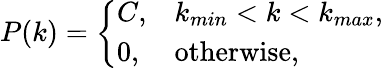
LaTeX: P(k)=\left\{ \begin{array}{ll}{C,}&{k_{min}<k<k_{max},}\\ {0,}&{\textrm{otherwise},}\end{array}\right.